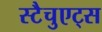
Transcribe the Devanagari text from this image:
स्टैचुएट्स